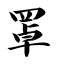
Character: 罩